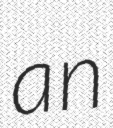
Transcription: an